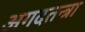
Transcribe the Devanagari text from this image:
अगदतन्त्रा